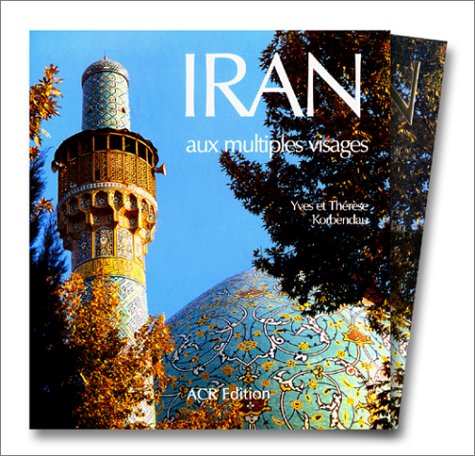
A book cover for L'Iran aux multiples visages (Italian Edition); Yves Korbendau; Travel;